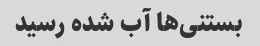
بستنی‌ها آب شده رسید